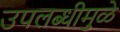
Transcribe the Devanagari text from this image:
उपलब्धीमुळे